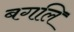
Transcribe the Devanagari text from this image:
बगलि